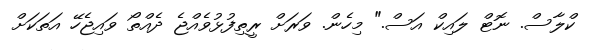
ކްލާސް. ނޮޓް ލައިކް އަސް." މިހެން. ވަރަށް ރީތިފުޅުވެއްޖެ ދެއްތޯ ވައިޖެހޭ އަތަކަށް